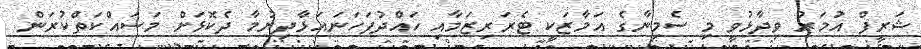
ޝަރީފް އުމަރު ވިދާޅުވީ މި ސެމިނާގެ އަމާޒަކީ ޓެރަރިޒަމާއި ހައްދުފަހަނައަޅާދިޔުމާ ދެކޮޅަށް މަސައްކަތްކުރަން